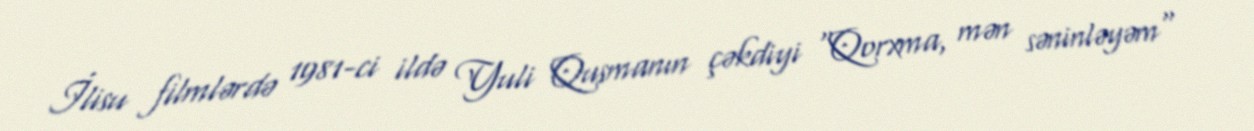
İlisu filmlərdə 1981-ci ildə Yuli Qusmanın çəkdiyi "Qorxma, mən səninləyəm"